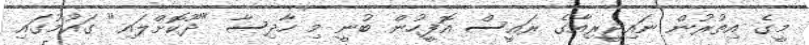
މީގެ އިތުރުން ނައިޖީރިއާގެ ރައީސް އޮފީހުން ބުނީ މި ހާދިސާ "ދޫކޮށްލައި" ގައުމުގައި